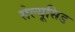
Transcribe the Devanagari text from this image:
सेल्यूसिड